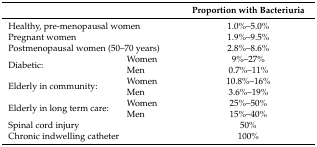
| <COLSPAN=2>  | Proportion with Bacteriuria |
 | --- | --- | --- |
 | <COLSPAN=2> Healthy, pre-menopausal women | 1.0%–5.0% |
 | <COLSPAN=2> Pregnant women | 1.9%–9.5% |
 | <COLSPAN=2> Postmenopausal women (50–70 years) | 2.8%–8.6% |
 | <ROWSPAN=2> Diabetic: | Women | 9%–27% |
 | Men | 0.7%–11% |
 | <ROWSPAN=2> Elderly in community: | Women | 10.8%–16% |
 | Men | 3.6%–19% |
 | <ROWSPAN=2> Elderly in long term care: | Women | 25%–50% |
 | Men | 15%–40% |
 | <COLSPAN=2> Spinal cord injury | 50% |
 | <COLSPAN=2> Chronic indwelling catheter | 100% |